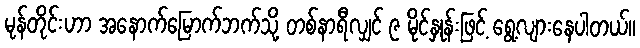
မုန်တိုင်းဟာ အနောက်မြောက်ဘက်သို့ တစ်နာရီလျှင် ၉ မိုင်နှုန်းဖြင့် ရွေ့လျားနေပါတယ်။